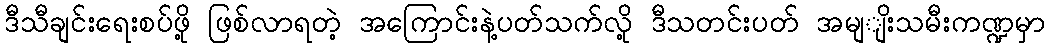
ဒီသီချင်းရေးစပ်ဖို့ ဖြစ်လာရတဲ့ အကြောင်းနဲ့ပတ်သက်လို့ ဒီသတင်းပတ် အမျျိးသမီးကဏ္ဍမှာ